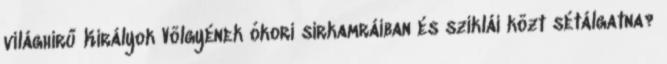
világhírű Királyok Völgyének ókori sírkamráiban és sziklái közt sétálgatna?